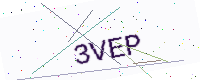
Text: 3VEP